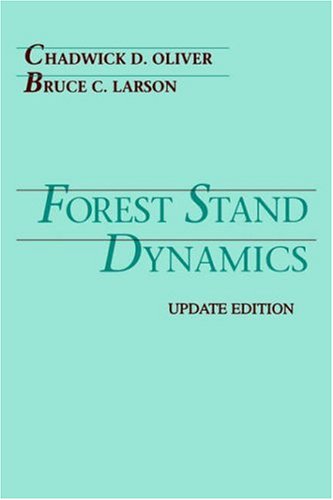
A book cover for Forest Stand Dynamics; Chadwick D. Oliver; Science & Math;